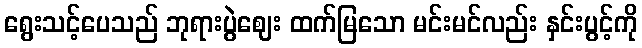
ရွေးသင့်ပေသည် ဘုရားပွဲဈေး ထက်မြသော မင်းမင်လည်း နှင်းပွင့်ကို